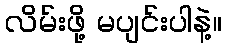
လိမ်းဖို့ မပျင်းပါနဲ့။